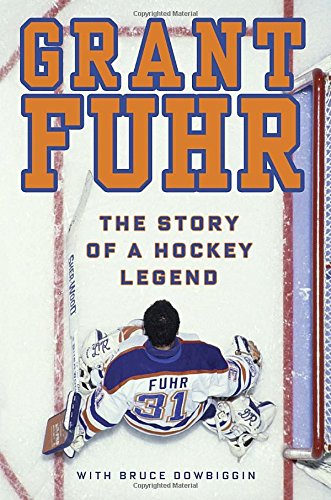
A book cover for Grant Fuhr: The Story of a Hockey Legend; Grant Fuhr; Biographies & Memoirs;